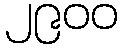
၂၉၀၀